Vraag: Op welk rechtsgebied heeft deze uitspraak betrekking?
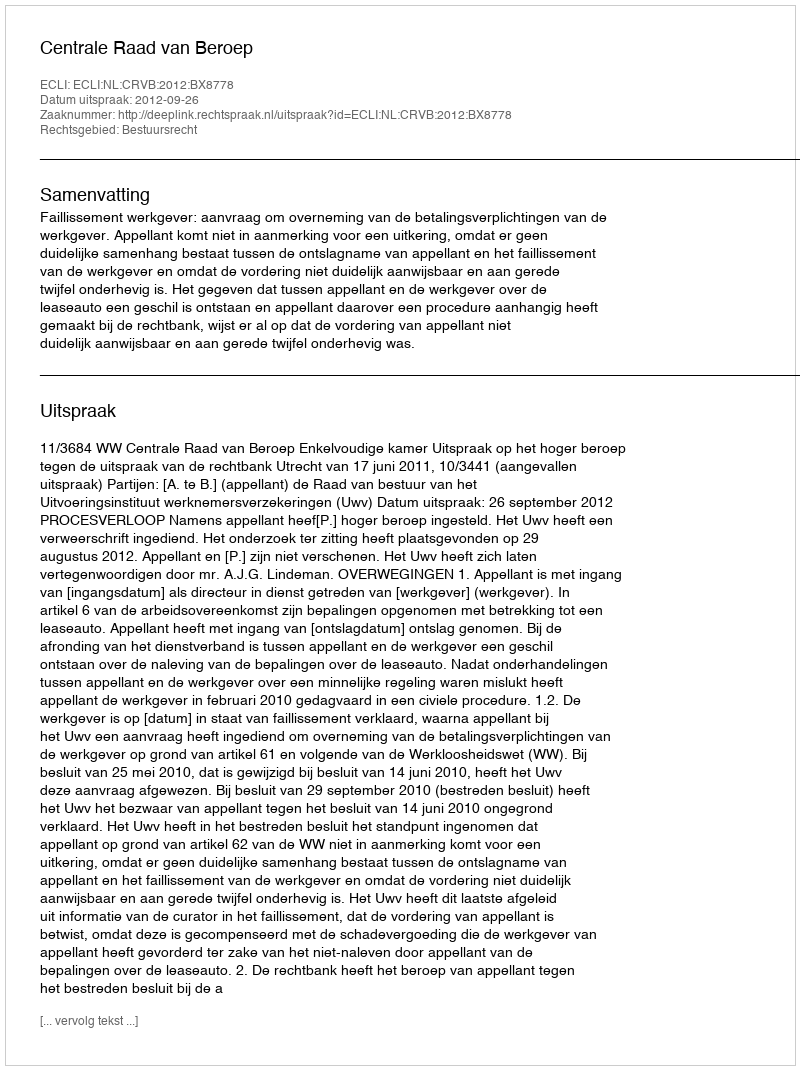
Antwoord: Bestuursrecht